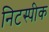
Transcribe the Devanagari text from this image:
निटस्पीक